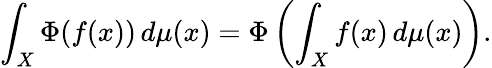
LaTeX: \int_{X}\Phi(f(x))\, d\mu(x)=\Phi\left(\int_{X}f(x)\, d\mu(x)\right).